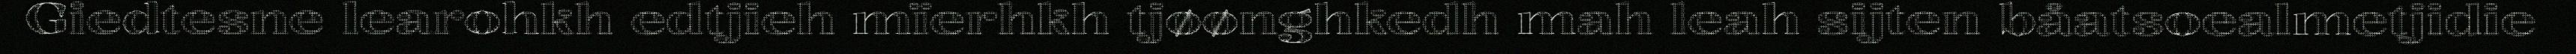
Giedtesne learohkh edtjieh mïerhkh tjøønghkedh mah leah sijten båatsoealmetjidie